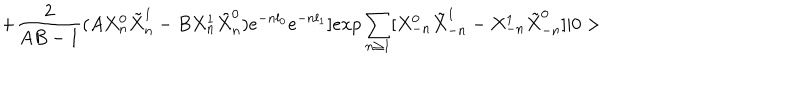
+ \frac { 2 } { A B - 1 } ( A X _ { n } ^ { 0 } \tilde { X } _ { n } ^ { 1 } - B X _ { n } ^ { 1 } \tilde { X } _ { n } ^ { 0 } ) e ^ { - n l _ { 0 } } e ^ { - n l _ { 1 } } ] e x p \sum _ { n \geq 1 } [ X _ { - n } ^ { 0 } \tilde { X } _ { - n } ^ { 1 } - X _ { - n } ^ { 1 } \tilde { X } _ { - n } ^ { 0 } ] | 0 >